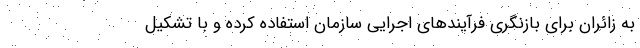
به زائران برای بازنگری فرآیندهای اجرایی سازمان استفاده کرده و با تشکیل